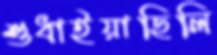
শুধাইয়াছিলি